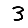
Digit: 3